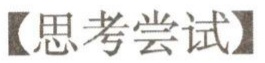
【思考尝试】